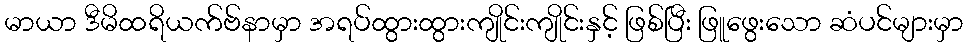
မာယာ ဒီမိထရိယက်ဗ်နာမှာ အရပ်ထွားထွားကျိုင်းကျိုင်းနှင့် ဖြစ်ပြီး ဖြူဖွေးသော ဆံပင်များမှာ